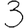
Digit: 3